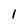
Character: 1